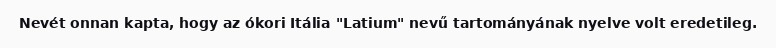
Nevét onnan kapta, hogy az ókori Itália "Latium" nevű tartományának nyelve volt eredetileg.